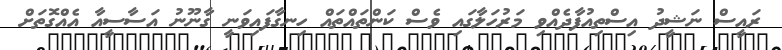
ރައީސް ނަޝީދު އިސްތިއުފާދެއްވި މަރުހަލާގައި ވެސް ކަންތައްތައް ހިނގާފައިވަނީ ގާނޫނު އަސާސީއާ އެއްގޮތަށް